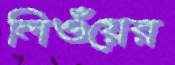
লিওঁয়ের